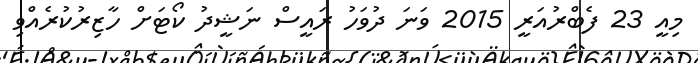
މިއީ 23 ފެބްރުއަރީ 2015 ވަނަ ދުވަހު ރައީސް ނަޝީދު ކޯޓަށް ހާޒިރުކުރެއްވި